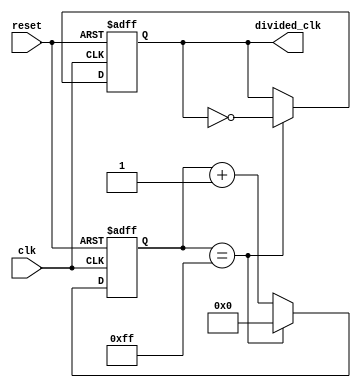
module Frequency_Synthesizer (
    input wire clk,
    input wire reset,
    output reg divided_clk
);

reg [7:0] counter;

always @ (posedge clk or posedge reset) begin
    if (reset) begin
        counter <= 8'b0;
        divided_clk <= 1'b0;
    end else begin
        if (counter == 8'b11111111) begin
            counter <= 8'b0;
            divided_clk <= ~divided_clk;
        end else begin
            counter <= counter + 1;
        end
    end
end

endmodule